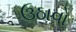
ઉઠાવો